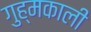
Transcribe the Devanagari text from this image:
गुह्मकाली